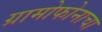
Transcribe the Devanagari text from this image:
ग्रामोफोनाचा